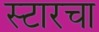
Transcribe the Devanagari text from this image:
स्टारचा